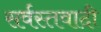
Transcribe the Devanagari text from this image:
सर्वस्तवादी